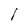
Character: l